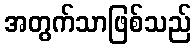
အတွက်သာဖြစ်သည်